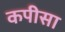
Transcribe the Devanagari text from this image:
कपीसा